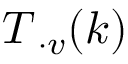
T _ { \mathbf { \nabla } \cdot v } ( k )